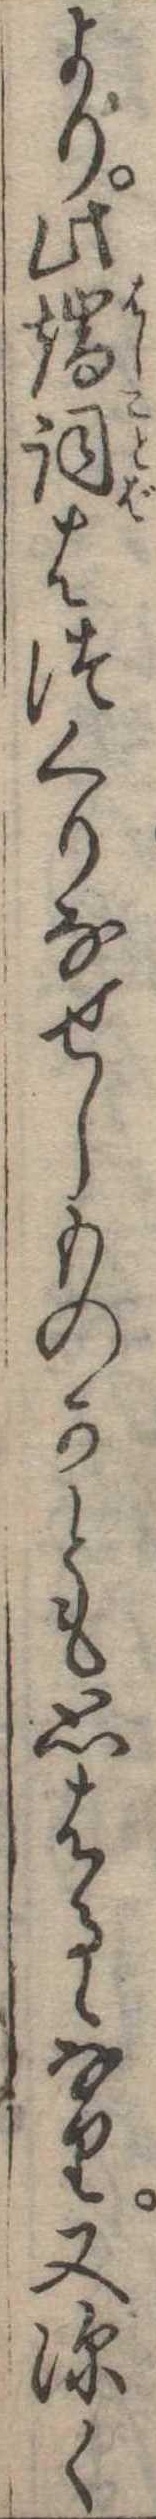
より此端詞はつくりなせしものかとも思はるゝなり又深く